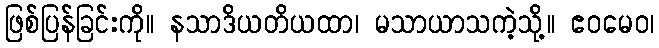
ဖြစ်ပြန်ခြင်းကို။ နသာဒိယတိယထာ၊ မသာယာသကဲ့သို့။ ဧဝမေဝ၊